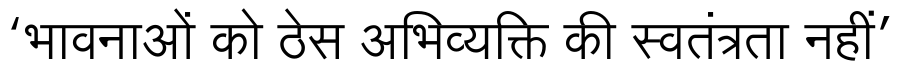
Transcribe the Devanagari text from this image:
‘भावनाओं को ठेस अभिव्यक्ति की स्वतंत्रता नहीं’